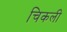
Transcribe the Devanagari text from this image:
चिकली